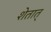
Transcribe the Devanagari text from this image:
शेतात्